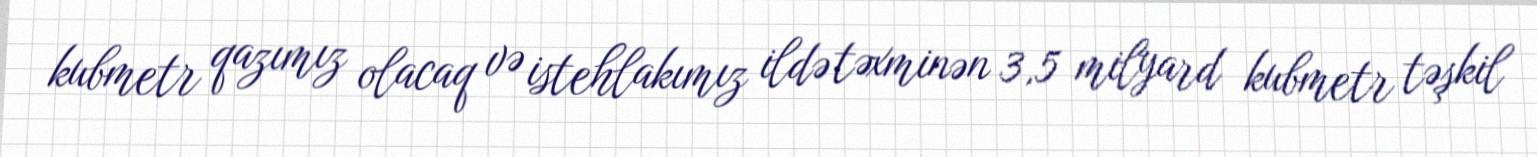
kubmetr qazımız olacaq və istehlakımız ildə təxminən 3,5 milyard kubmetr təşkil